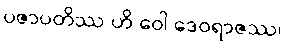
ပဇာပတိဿ ဟိ ဝေါ ဒေဝရာဇဿ၊